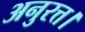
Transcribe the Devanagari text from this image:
अनुरत्त।